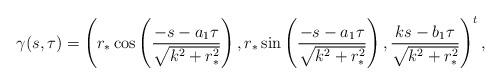
LaTeX: \begin{align*}\gamma(s,\tau)=\left( r_*\cos\left( \frac{-s-a_1\tau}{\sqrt{k^2+r_*^2}}\right), r_*\sin\left( \frac{-s-a_1\tau}{\sqrt{k^2+r_*^2}}\right), \frac{ks-b_1\tau}{\sqrt{k^2+r_*^2}}\right)^t,\end{align*}